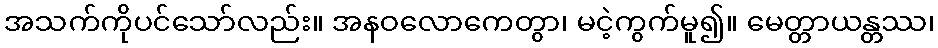
အသက်ကိုပင်သော်လည်း။ အနဝလောကေတွာ၊ မငဲ့ကွက်မူ၍။ မေတ္တာယန္တဿ၊